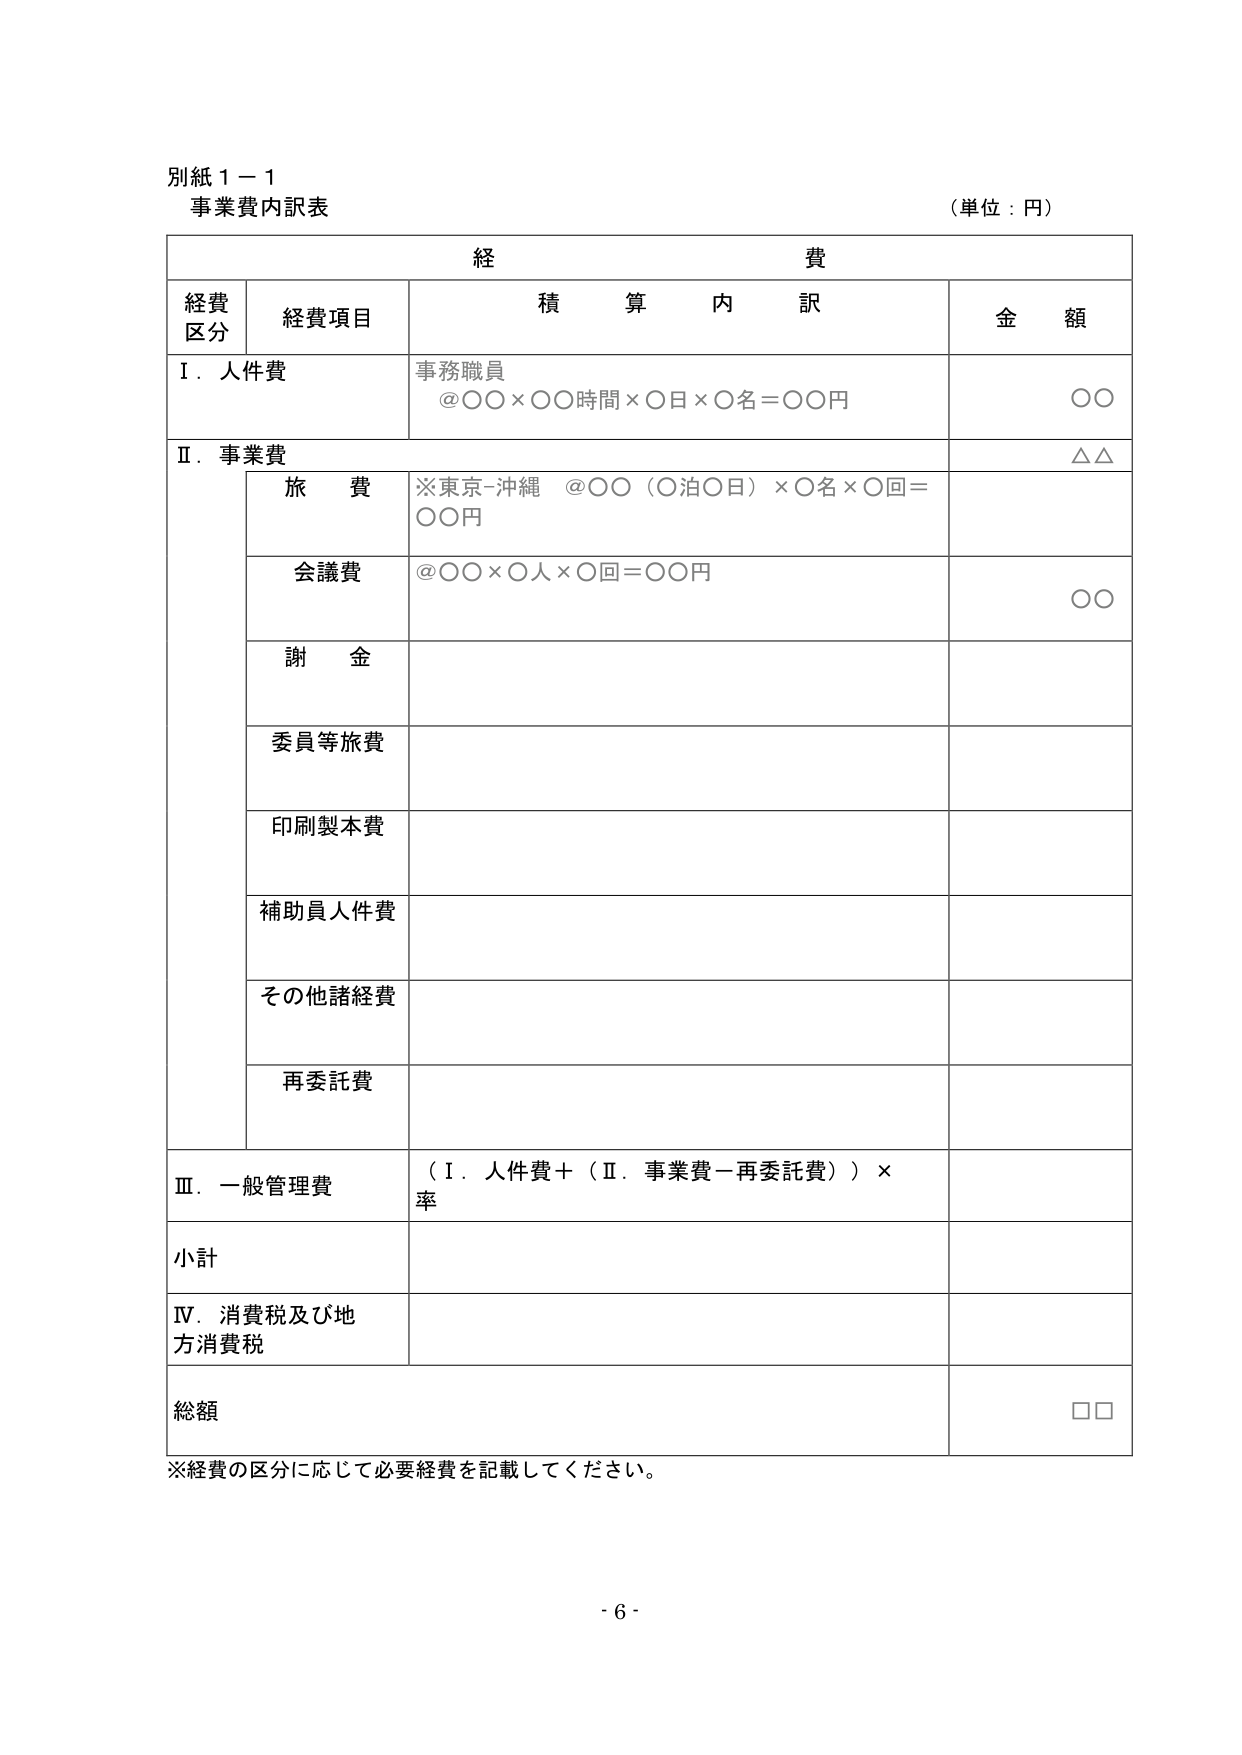
別紙１－１
事業費内訳表
（単位：円）

経費
経費区分　経費項目　積算内訳　金額

Ⅰ．人件費
事務職員
＠○○×○○時間×○日×○名＝○○円
○○

Ⅱ．事業費
△△
　旅費　※東京-沖縄　＠○○（○泊○日）×○名×○回＝○○円
　会議費　＠○○×○人×○回＝○○円
　○○
　謝金
　委員等旅費
　印刷製本費
　補助員人件費
　その他諸経費
　再委託費

Ⅲ．一般管理費　（Ⅰ．人件費＋（Ⅱ．事業費－再委託費））×率

小計

Ⅳ．消費税及び地方消費税

総額　□□

※経費の区分に応じて必要経費を記載してください。

- 6 -